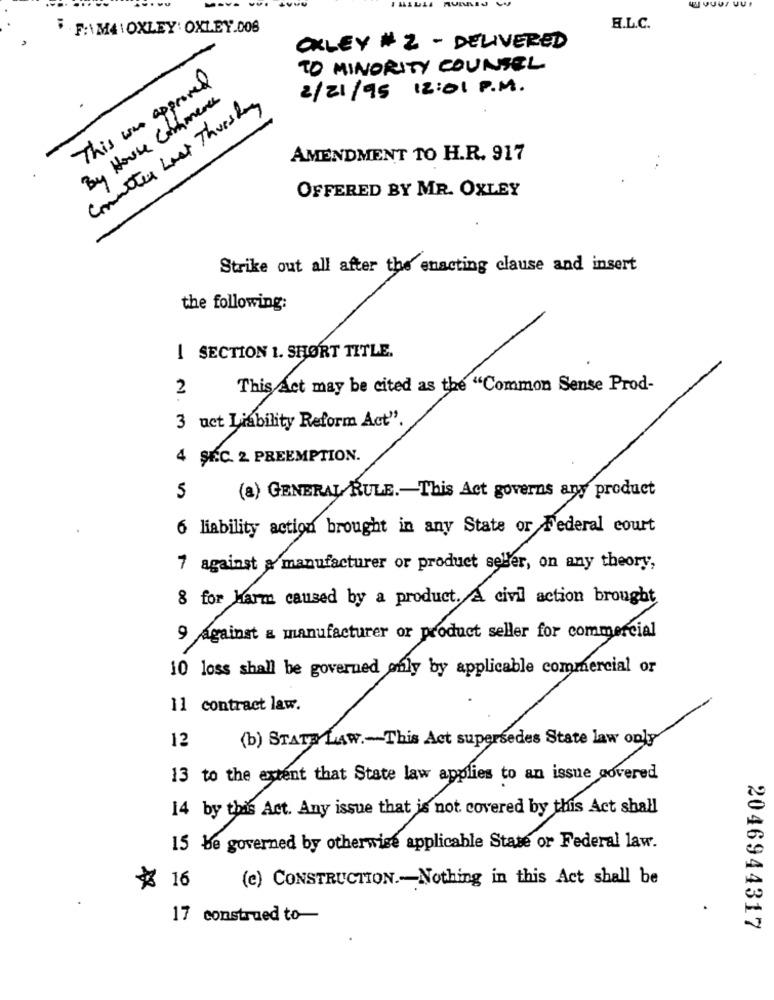
F . F:\M4 : OXLEY: OXLEY.DOS
R.L.C.
OXLEY #2 - DELIVERED
TO MINORITY COUNSEL
This was approved
2/21/95 12:01 P.M.
By House Commerce
Cometer Last Thursday
AMENDMENT TO H.R. 917
OFFERED BY MR. OXLEY
Strike out all after the enacting clause and insert
the following:
I SECTION 1. SHORT TITLE.
2
This Act may be cited as the "Common Sense Prod-
3 uct Liability Reform Act".
4 SEC. 2 PREEMPTION.
5
(a) GENERAL RULE .- This Act governs any product
6 liability action brought in any State or Federal court
7 against a manufacturer or product seller, on any theory,
8 for Warm caused by a product. & civil action brought
9 against a manufacturer or product seller for commercial
10 loss shall be governed only by applicable commercial or
11 contract law.
12
(b) STATE LAW .- This Act supersedes State law only
13 to the extent that State law applies to an issue covered
14 by this Act. Any issue that is not covered by this Act shall
15 be governed by otherwise applicable State or Federal law.
¥ 16
(e) CONSTRUCTION .- Nothing in this Act shall be
17 construed to-
2046944317